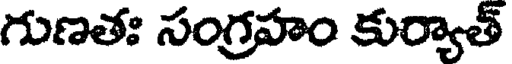
గుణతః సంగ్రహం కుర్యాత్